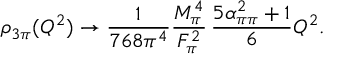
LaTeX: \rho _ { 3 \pi } ( Q ^ { 2 } ) \rightarrow \frac { 1 } { 7 6 8 \pi ^ { 4 } } \frac { M _ { \pi } ^ { 4 } } { F _ { \pi } ^ { 2 } } \, \frac { 5 \alpha _ { \pi \pi } ^ { 2 } + 1 } { 6 } Q ^ { 2 } .